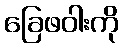
ခြေဖဝါးကို